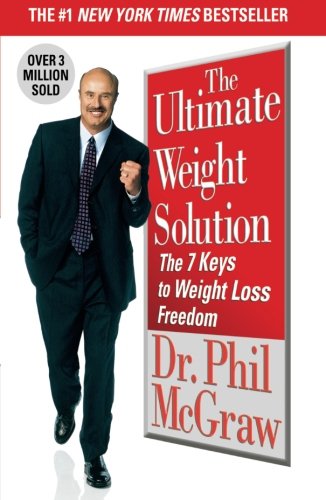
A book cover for The Ultimate Weight Solution: The 7 Keys to Weight Loss Freedom; Dr. Phil McGraw; Literature & Fiction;